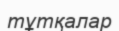
тұтқалар